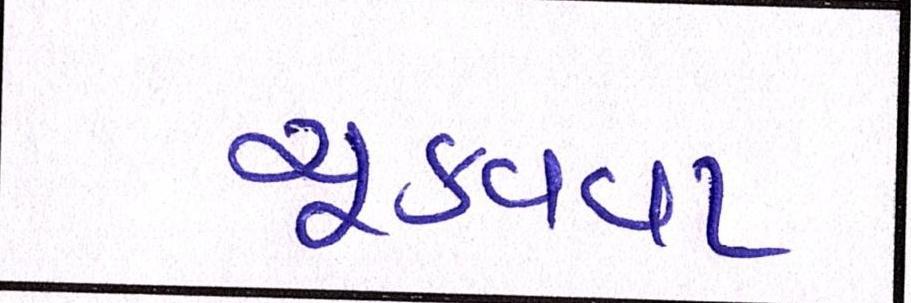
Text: ચૂકવવા